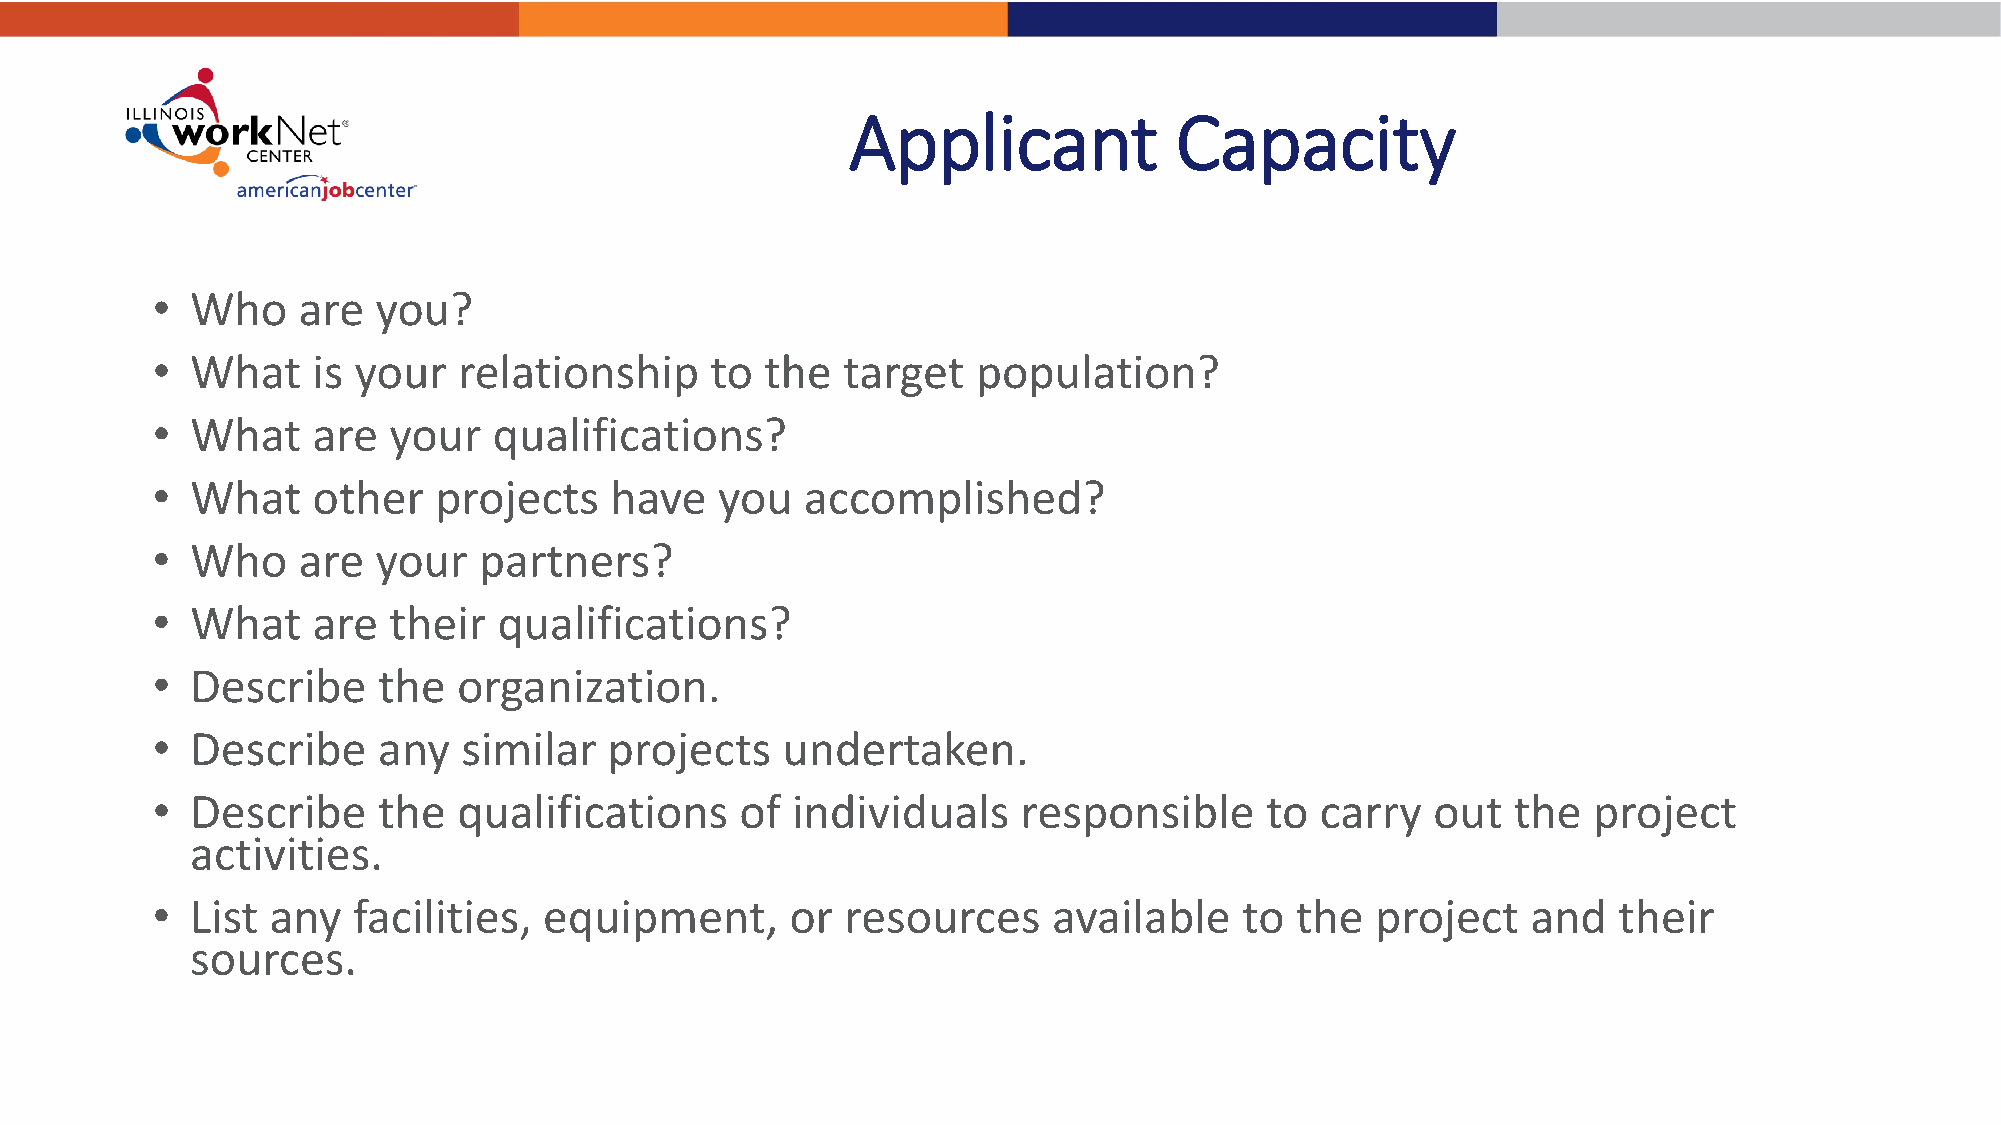
Applicant             Capacity
 •  Who    are  you?
 •  What    is your  relationship     to  the  target   population?
 •  What    are  your   qualifications?
 •  What    other   projects   have    you  accomplished?
 •  Who    are  your   partners?
 •  What    are  their  qualifications?
 •  Describe    the  organization.
 •  Describe    any   similar  projects    undertaken.
 •  Describe    the  qualifications     of individuals     responsible     to carry   out  the  project
 activities.
 •  List any  facilities,  equipment,      or  resources     available   to  the  project   and   their
 sources.